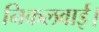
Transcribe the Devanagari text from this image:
निकलवाई।